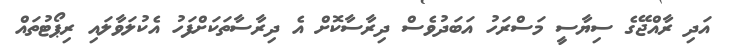
އަދި ރާއްޖޭގެ ސިޔާސީ މަސްރަހު އަބަދުވެސް ދިރާސާކޮށް އެ ދިރާސާތަކަށްފަހު އެކުލަވާލައި ރިޕޯޓުތައް